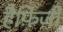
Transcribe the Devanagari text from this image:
हैफ़िज़ी